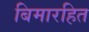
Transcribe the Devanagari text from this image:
बिमारहित